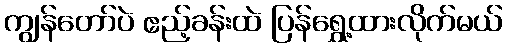
ကျွန်တော်ပဲ ဧည့်ခန်းထဲ ပြန်ရွှေ့ထားလိုက်မယ်